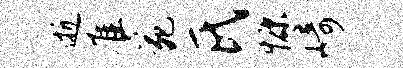
逝准苑氏慷崎